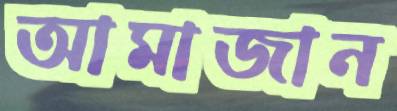
আমাজান